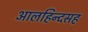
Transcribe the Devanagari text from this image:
आलहिन्दसह